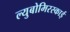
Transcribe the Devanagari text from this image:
ल्युबोमिरस्काई